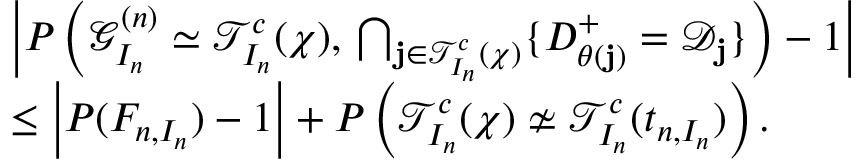
\begin{array} { r l } & { \left| P \left( \mathcal { G } _ { I _ { n } } ^ { ( n ) } \simeq \mathcal { T } _ { I _ { n } } ^ { c } ( \chi ) , \, \bigcap _ { \mathbf { j } \in \mathcal { T } _ { I _ { n } } ^ { c } ( \chi ) } \{ D _ { \theta ( \mathbf { j } ) } ^ { + } = \mathcal { D } _ { \mathbf { j } } \} \right) - 1 \right| } \\ & { \leq \left| P ( F _ { n , I _ { n } } ) - 1 \right| + P \left( \mathcal { T } _ { I _ { n } } ^ { c } ( \chi ) \not \simeq \mathcal { T } _ { I _ { n } } ^ { c } ( t _ { n , I _ { n } } ) \right) . } \end{array}